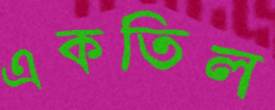
একতিল